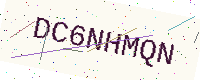
Text: DC6NHMQN